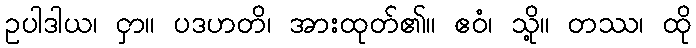
ဥပါဒါယ၊ ငှာ။ ပဒဟတိ၊ အားထုတ်၏။ ဧဝံ၊ သို့။ တဿ၊ ထို